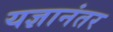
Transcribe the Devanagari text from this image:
यज्ञानंतर